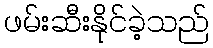
ဖမ်းဆီးနိုင်ခဲ့သည်